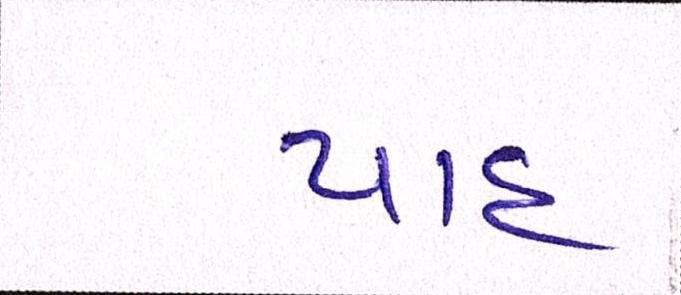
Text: યાદ